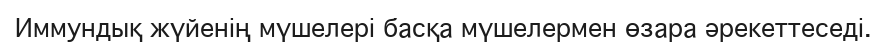
Иммундық жүйенің мүшелері басқа мүшелермен өзара әрекеттеседі.